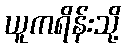
ယူကရိန်းသို့